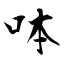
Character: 呠